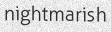
nightmarish